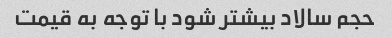
حجم سالاد بیشتر شود با توجه به قیمت